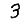
Digit: 3